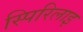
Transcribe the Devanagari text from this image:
स्पिरिलाइ